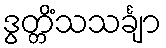
ဒွတ္တိံသသင်္ချာ